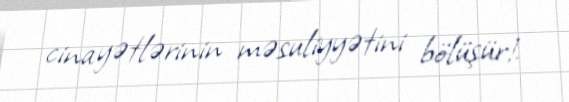
cinayətlərinin məsuliyyətini bölüşür!.